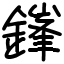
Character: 鎽